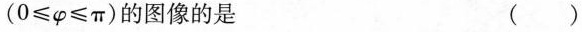
($$0 ≤ φ ≤ π$$)的图像的是 ()